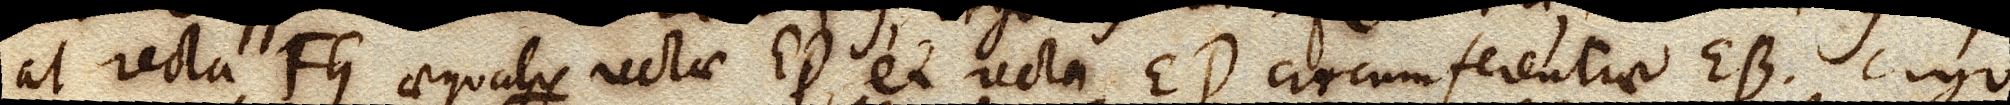
at recta FG aequalis rectae ED, et recta ED circumferentiae EB. ergo